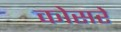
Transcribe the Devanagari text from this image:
कोसरे